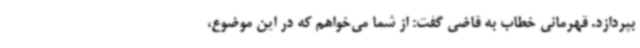
بپردازد. قهرمانی خطاب به قاضی گفت: از شما می‌خواهم که در این موضوع،